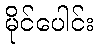
မိုင်ပေါင်း